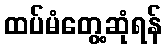
ထပ်မံတွေ့ဆုံရန်